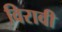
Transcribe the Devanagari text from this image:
विरावी